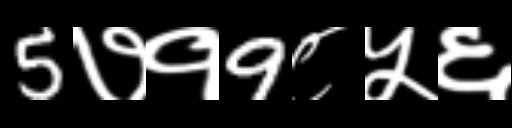
Text: 5७१9८५६